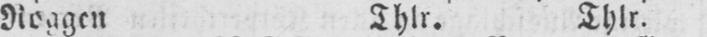
Roggen Thlr. Thlr.